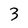
Character: 3